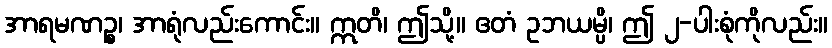
အာရမဏဉ္စ၊ အာရုံလည်းကောင်း။ ဣတိ၊ ဤသို့။ ဧတံ ဥဘယမ္ပိ၊ ဤ ၂-ပါးစုံကိုလည်း။